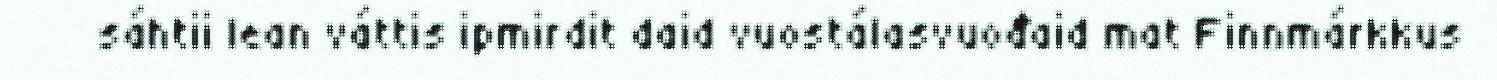
sáhtii lean váttis ipmirdit daid vuostálasvuođaid mat Finnmárkkus